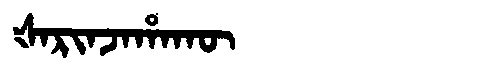
Manchu: ᡧᠠᡵᡳᠨᠵᠠᡥᠠᡴᡡ
Romanization: ŠARINJAHAKŪ